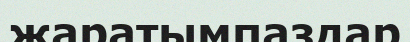
жаратымпаздар